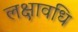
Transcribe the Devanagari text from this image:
लक्षावधि